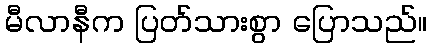
မီလာနီက ပြတ်သားစွာ ပြောသည်။